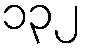
၁၃၂